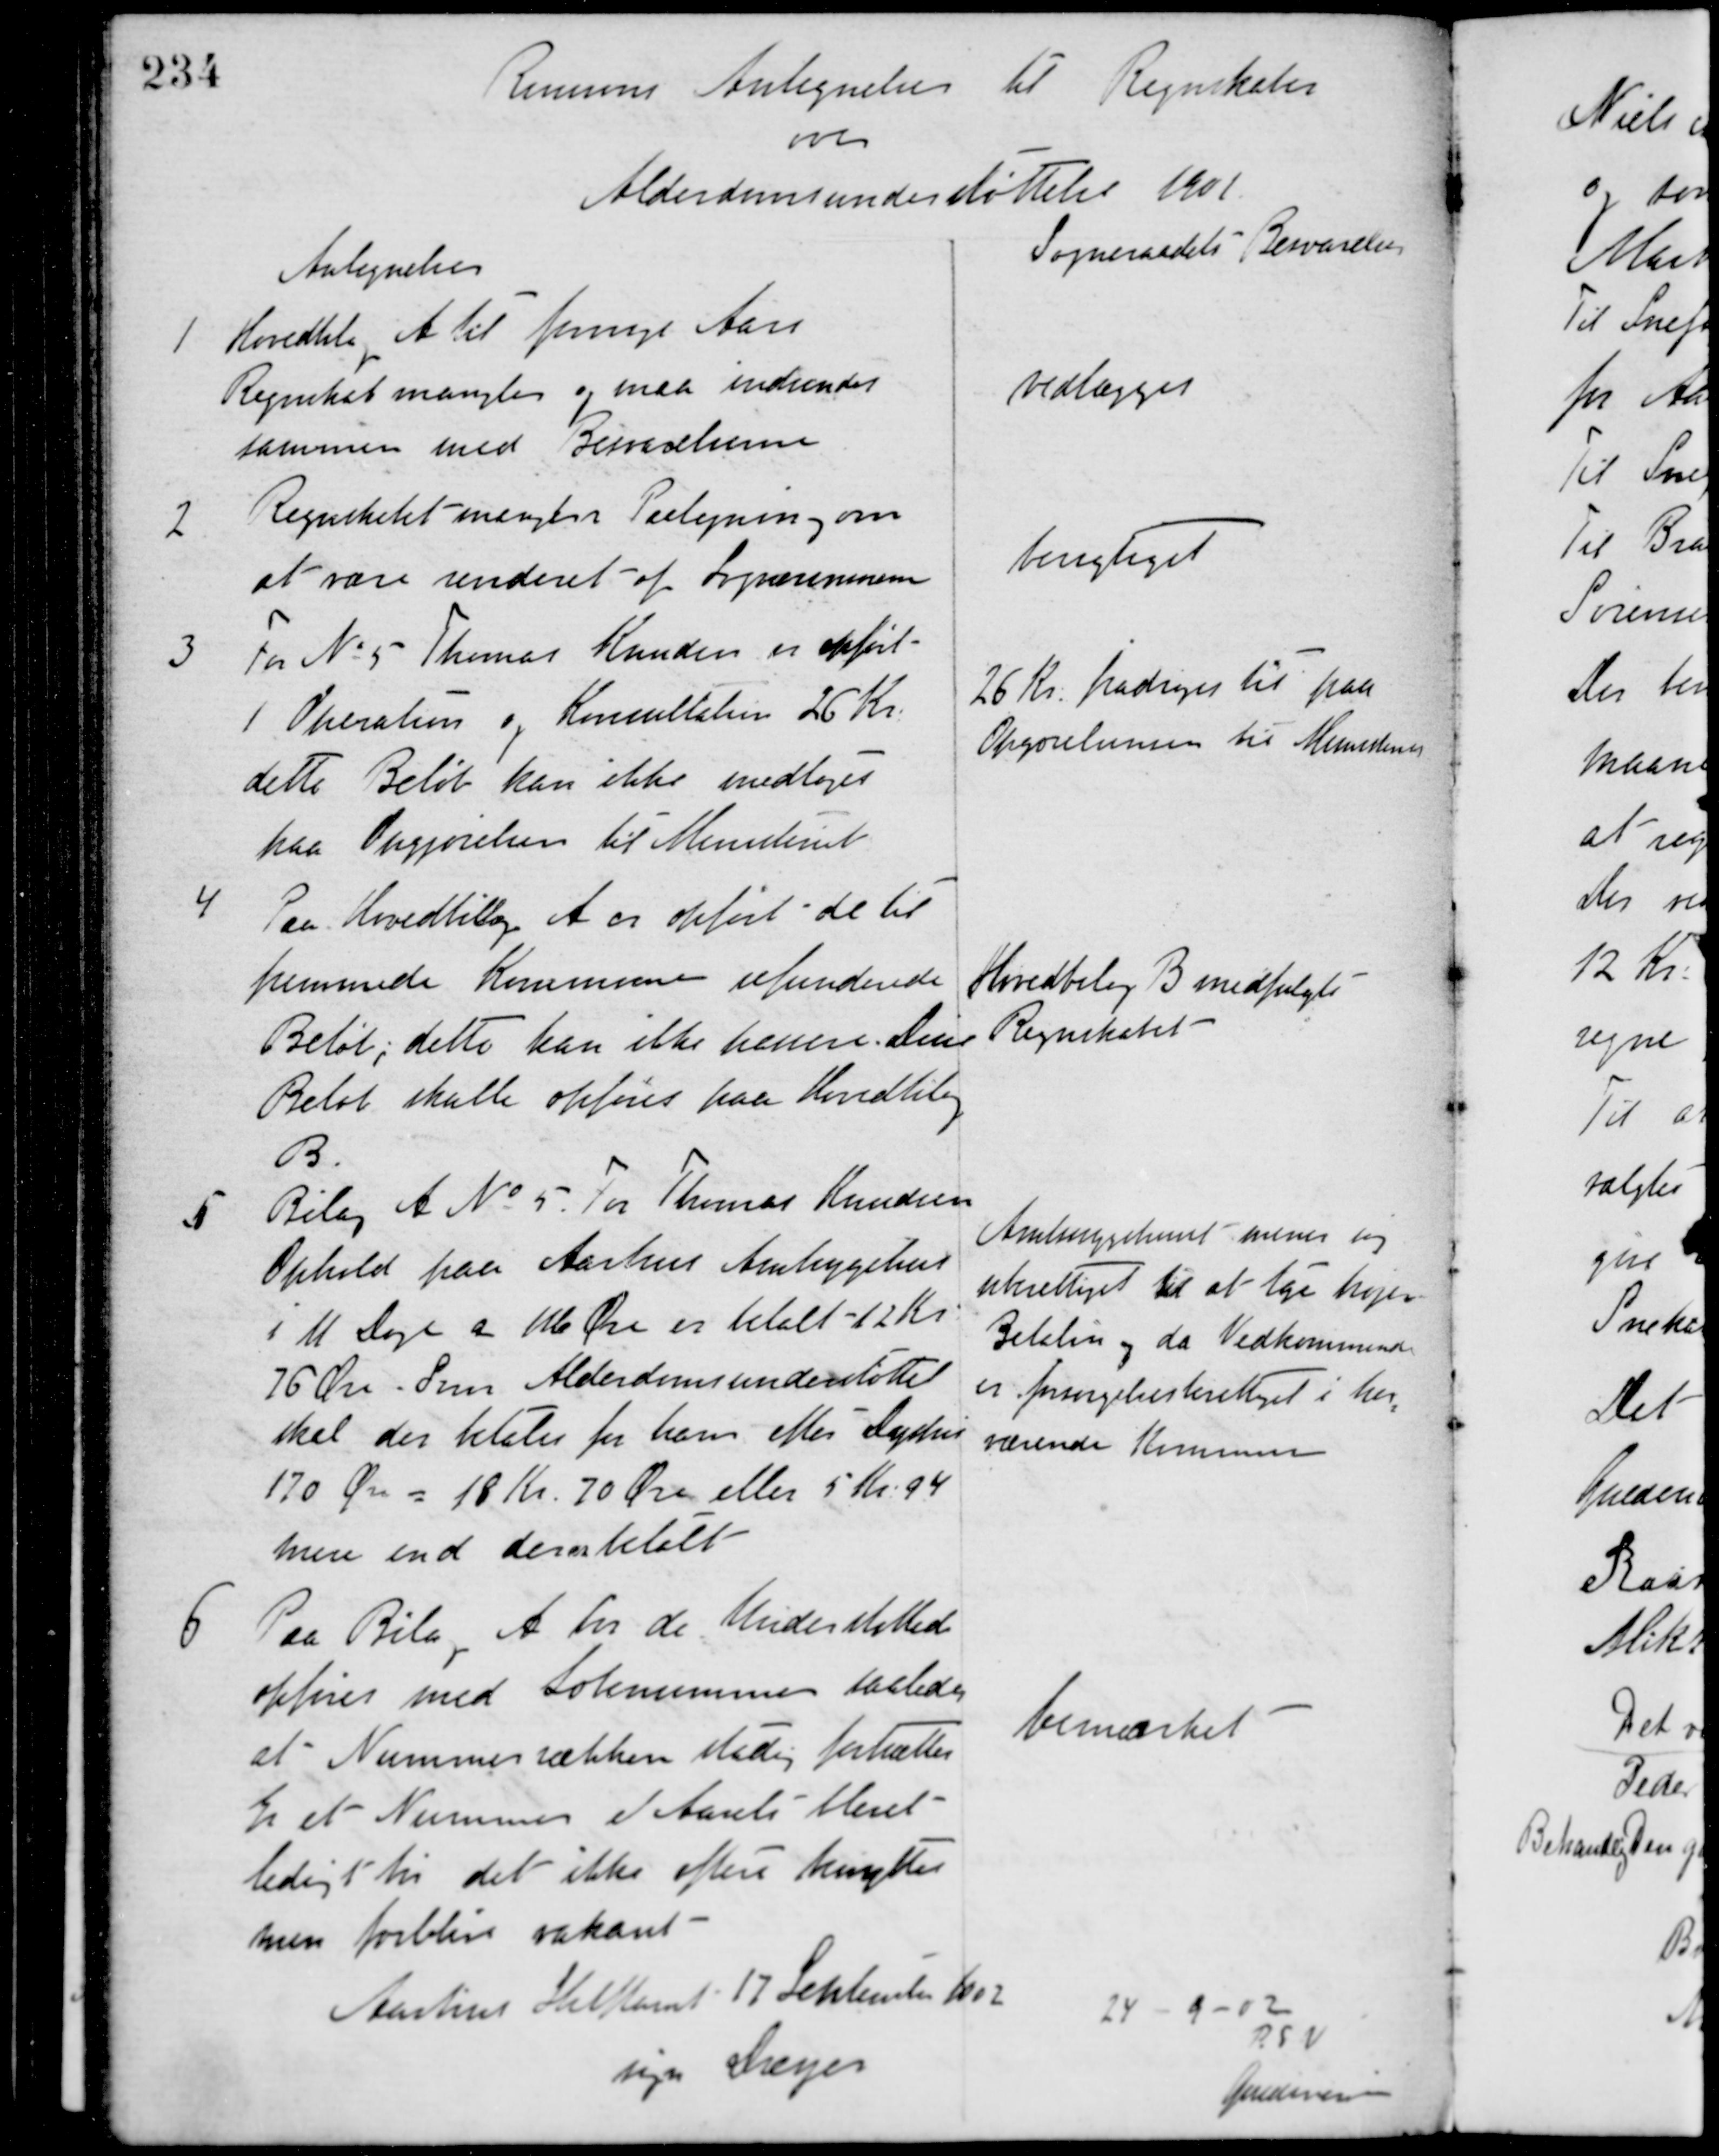
Transskription:
Revisions Antegnelser til Regnskabet
over
Alderdomsunderstøttelse 1901.
Antegnelser
Sogneraadets Besvarelser
1 Hovedbilag til forrige Aars
Regnskab mangler og maa indsendes
sammen med Besvarelserne
vedlægges
2 Regnskabet mangler Paategning om
at være vurderet af Sognerevisoren
berigtiget
3 For No 5 Thomas Knudsen er opført
1 Operation og Konsultation 26 Kr.
dette Beløb kan ikke medtages
paa Opgjørelsen til Ministeriet
26 Kr. fradrages til paa
Opgørelsensen til Ministeriet
4
Paa Hovedbilag A er opført de til
fremmede Kommuner refunderede
Beløb, dette kan ikke henne. Disse
Beløb skulle opføres paa Hovedbilag
B.
Hovedbilag B medfulgte
Regnskabet
5 Bilag A. No 5 For Thomas Knudsens
Ophold paa Aarhus Amtsygehus
i 11 Dage a 116 Øre er betalt 12 Kr.
76 Øre. Som Alderdomsunderstøttelse
skal der betales for ham efter Sygehus
170 Øre = 18 Kr. 70 Øre eller 5 Kr. 94
mere end der er betalt
Amtssygehuset mener sig
uberettiget til at tage højere
Betaling og da Vedkommende
er forsørgelsesberettiget i her-
værende Kommune
6 Paa Bilag A for de Understøttede
opføres med Løbenummer saaledes
at Nummerrækken stadig fortsættes.
Er et Nummer i Aarets blevet
ledigt bør det ikke oftere benyttes
men forblive vakant.
bemærket
Aarhus Stiftamt 17 September 1802
sign. Dreyer
24 - 9 - 02
P. S. V.
Guldencrone